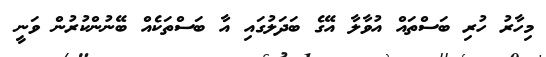
މިހާރު ހުރި ބަސްތައް އުވާލާ އޭގެ ބަދަލުގައި އާ ބަސްތަކެއް ބޭނުންކުރުން ވަނީ